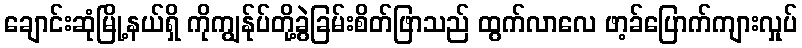
ချောင်းဆုံမြို့နယ်ရှိ ကိုကျွန်ုပ်တို့ခွဲခြမ်းစိတ်ဖြာသည် ထွက်လာလေ ဖာ့ခ်ပြောက်ကျားလှုပ်